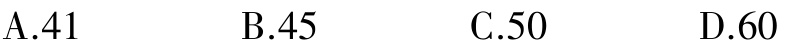
A.41  B.45  C.50  D.60